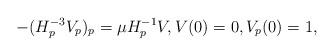
LaTeX: \begin{align*} - (H_p^{-3} V_p)_p = \mu H_p^{-1} V , V (0) = 0 , V_p (0) = 1 ,\end{align*}